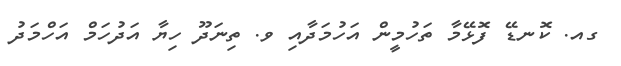
ގއ. ކޮނޑޭ ފޮޅޭމާ ތަހުމީން އަހުމަދާއި ވ. ތިނަދޫ ހިޔާ އަދުހަމް އަހްމަދު